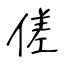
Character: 傞